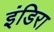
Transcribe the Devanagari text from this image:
इंडिरा